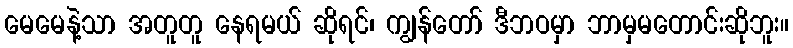
မေမေနဲ့သာ အတူတူ နေရမယ် ဆိုရင်၊ ကျွန်တော် ဒီဘဝမှာ ဘာမှမတောင်းဆိုဘူး။